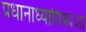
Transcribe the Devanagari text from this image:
प्रधानाध्यापिकाओं